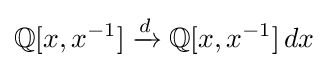
\mathbb {Q} [x,x^{-1}]\xrightarrow {d} \mathbb {Q} [x,x^{-1}]\,dx